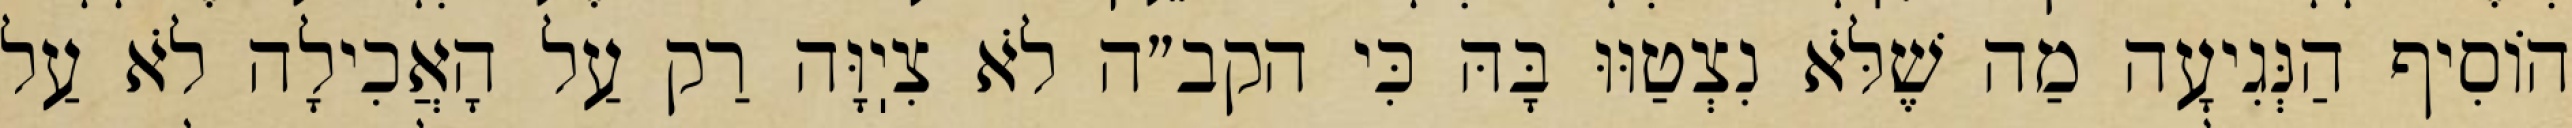
הוֹסִיף הַנְּגִיעָה מַה שֶׁלֹּא נִצְטַוּוּ בָּהּ כִּי הקב״ה לֹא צִיֽוָּה רַק עַל הָאֲכִילָה לֹא עַל